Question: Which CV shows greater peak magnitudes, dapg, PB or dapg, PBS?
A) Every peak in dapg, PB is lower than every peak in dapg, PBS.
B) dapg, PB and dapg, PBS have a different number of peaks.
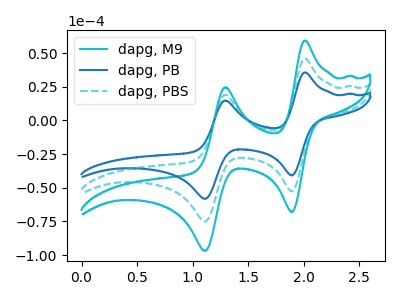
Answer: <think>The cyan curve "dapg, M9" has anodic peaks at (2.00V, 91.90uA) (1.30V, 38.25uA) and cathodic peaks at (1.90V, -105.25uA) (1.10V, -150.05uA). The blue curve "dapg, PB" has anodic peaks at (2.00V, 35.60uA) (1.30V, 14.80uA) and cathodic peaks at (1.90V, -40.80uA) (1.10V, -58.15uA). The cyan dashed curve "dapg, PBS" has anodic peaks at (2.00V, 45.95uA) (1.30V, 19.10uA) and cathodic peaks at (1.90V, -52.65uA) (1.10V, -75.00uA).</think>
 <answer>A) Every peak in "dapg, PB" is lower than every peak in "dapg, PBS".</answer>
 <eval>A</eval>